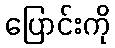
ပြောင်းကို